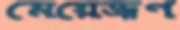
মেয়েভ্রূণ